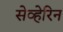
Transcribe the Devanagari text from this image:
सेव्हेरिन